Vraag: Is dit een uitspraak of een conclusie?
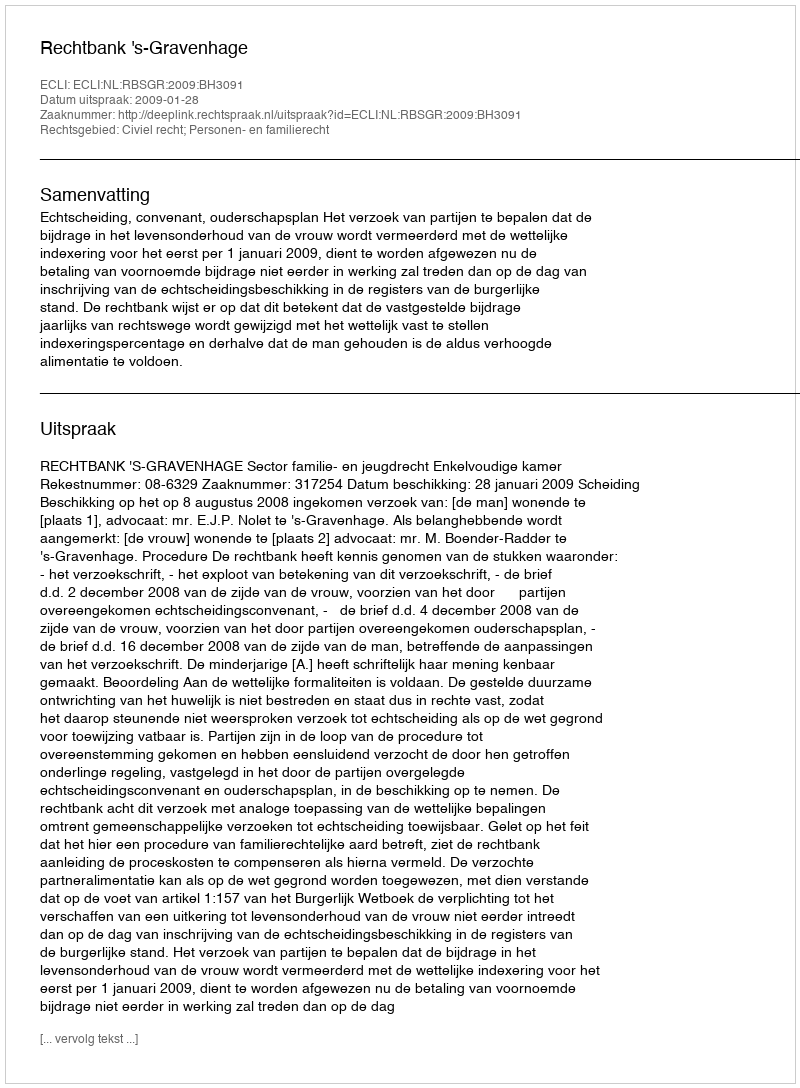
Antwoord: Uitspraak